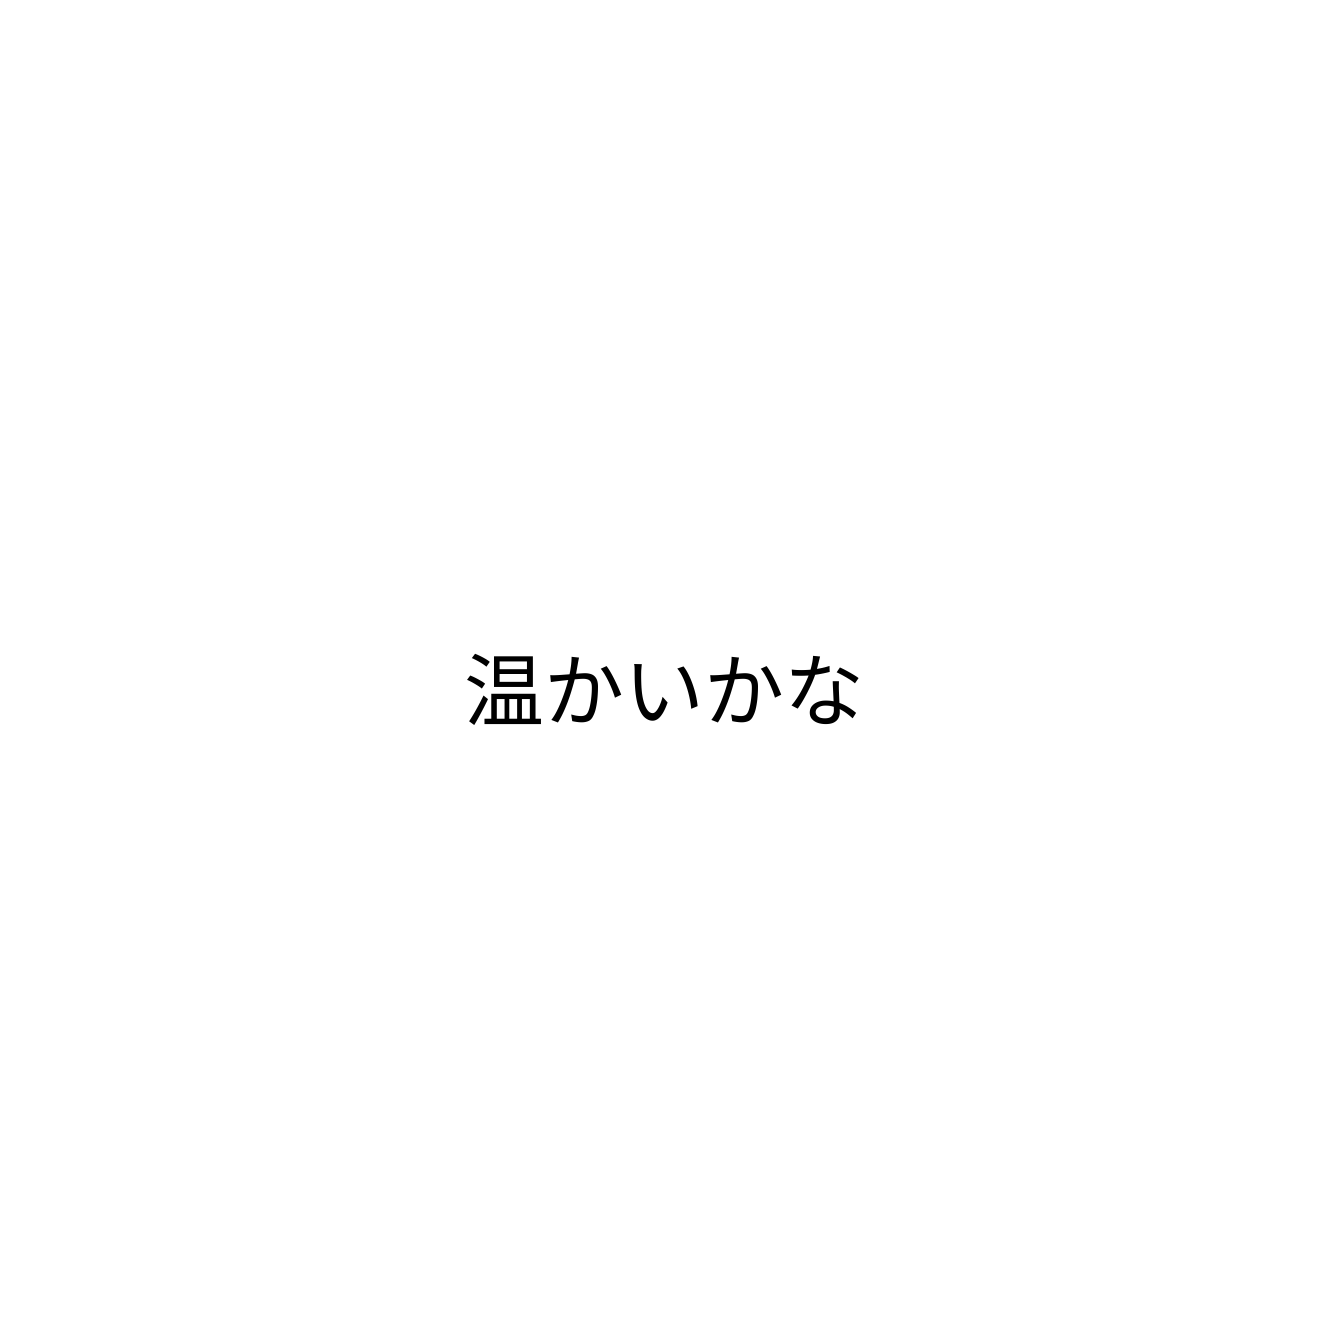
温かいかな